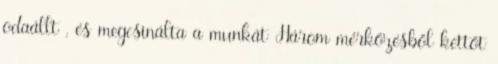
odaállt , és megcsinálta a munkát Három mérkőzésből kettőt